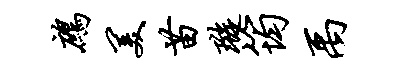
鹧美苗璇筠禹